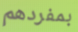
بمفردهم